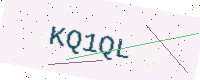
Text: KQ1QL